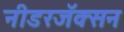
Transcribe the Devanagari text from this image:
नीडरजॅक्सन